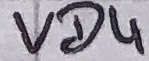
Text: VD4